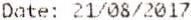
DATE: 21/08/2017